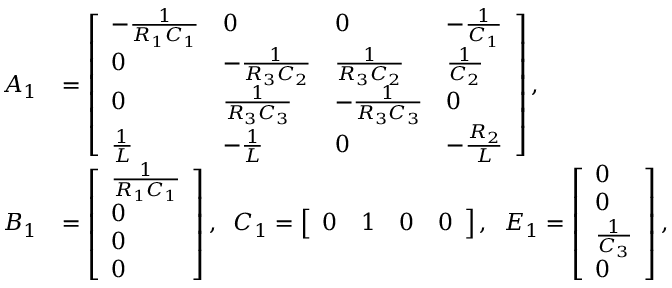
\begin{array} { r l } { A _ { 1 } } & { = \left[ \begin{array} { l l l l } { - \frac { 1 } { R _ { 1 } C _ { 1 } } } & { 0 } & { 0 } & { - \frac { 1 } { C _ { 1 } } } \\ { 0 } & { - \frac { 1 } { R _ { 3 } C _ { 2 } } } & { \frac { 1 } { R _ { 3 } C _ { 2 } } } & { \frac { 1 } { C _ { 2 } } } \\ { 0 } & { \frac { 1 } { R _ { 3 } C _ { 3 } } } & { - \frac { 1 } { R _ { 3 } C _ { 3 } } } & { 0 } \\ { \frac { 1 } { L } } & { - \frac { 1 } { L } } & { 0 } & { - \frac { R _ { 2 } } { L } } \end{array} \right] , } \\ { B _ { 1 } } & { = \left[ \begin{array} { l } { \frac { 1 } { R _ { 1 } C _ { 1 } } } \\ { 0 } \\ { 0 } \\ { 0 } \end{array} \right] , \; \; C _ { 1 } = \left[ \begin{array} { l l l l } { 0 } & { 1 } & { 0 } & { 0 } \end{array} \right] , \; \; E _ { 1 } = \left[ \begin{array} { l } { 0 } \\ { 0 } \\ { \frac { 1 } { C _ { 3 } } } \\ { 0 } \end{array} \right] , } \end{array}